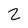
Character: z